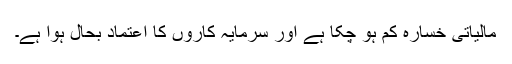
مالیاتی خسارہ کم ہو چکا ہے اور سرمایہ کاروں کا اعتماد بحال ہوا ہے۔